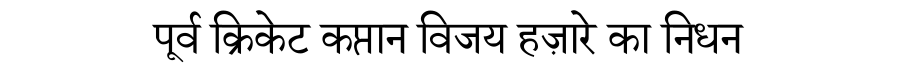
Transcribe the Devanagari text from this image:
पूर्व क्रिकेट कप्तान विजय हज़ारे का निधन